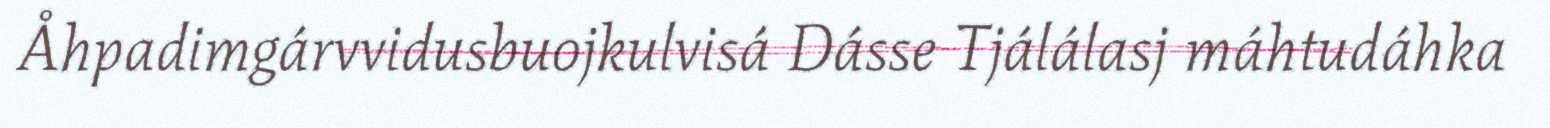
Åhpadimgárvvidusbuojkulvisá Dásse Tjálálasj máhtudáhka